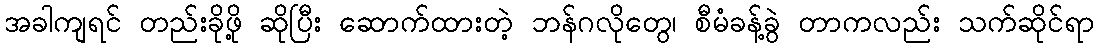
အခါကျရင် တည်းခိုဖို့ ဆိုပြီး ဆောက်ထားတဲ့ ဘန်ဂလိုတွေ၊ စီမံခန့်ခွဲ တာကလည်း သက်ဆိုင်ရာ